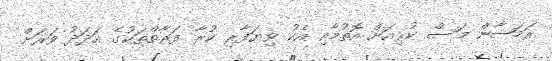
ރަމަޟާން މަސް ކުރިއަށް އޮތުމާއި އެކު ވިޔަފާރި ކުރާ ފަރާތްތަކުގެ އަދަދު ވަރަށް